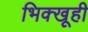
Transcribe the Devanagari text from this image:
भिक्खूही